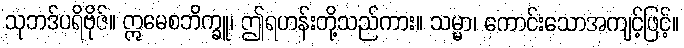
သုဘဒ်ပရိဗိုဇ်။ ဣမေစဘိက္ခူ၊ ဤရဟန်းတို့သည်ကား။ သမ္မာ၊ ကောင်းသောအကျင့်ဖြင့်။